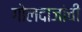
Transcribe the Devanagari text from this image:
गोलदाजांची